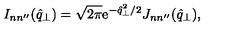
I _ { n n ^ { \prime \prime } } ( \hat { q } _ { \perp } ) = \sqrt { 2 \pi } \mathrm { e } ^ { - \hat { q } _ { \perp } ^ { 2 } / 2 } J _ { n n ^ { \prime \prime } } ( \hat { q } _ { \perp } ) ,